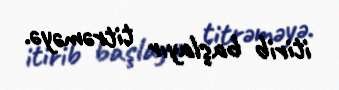
itirib başlayır titrəməyə.